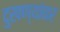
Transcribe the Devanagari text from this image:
दुखण्यांवर